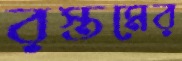
রস্তমের